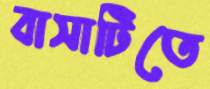
বাসাটিতে